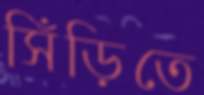
সিঁড়িতে